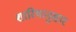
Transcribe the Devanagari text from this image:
शारियानुसार